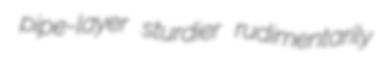
pipe-layer sturdier rudimentarily